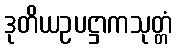
ဒုတိယဥပဋ္ဌာကသုတ္တံ